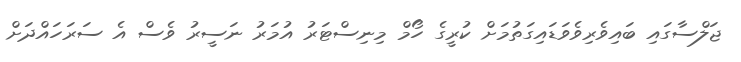
ޖަލްސާގައި ބައިވެރިވެވަޑައިގަތުމަށް ކުރީގެ ހޯމް މިނިސްޓަރު އުމަރު ނަސީރު ވެސް އެ ސަރަހައްދަށް